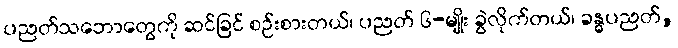
ပညတ်သဘောတွေကို ဆင်ခြင် စဉ်းစားတယ်၊ ပညတ် ၆-မျိုး ခွဲလိုက်တယ်၊ ခန္ဓပညတ်,